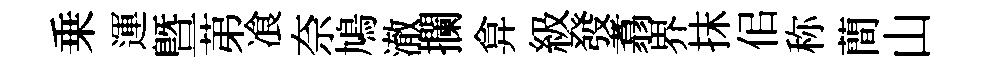
乗運曁苐飡奈鳩澈攔弇級發翥界抹佀称蕳山